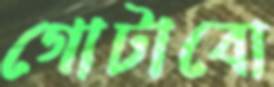
গোটাবো